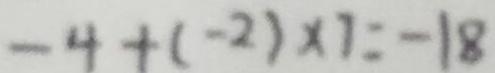
- 4 + ( - 2 ) \times 7 = - 1 8